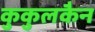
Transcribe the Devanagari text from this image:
कुकुलकैन